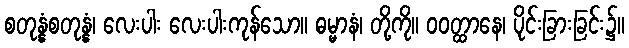
စတုန္နံစတုန္နံ၊ လေးပါး လေးပါးကုန်သော။ ဓမ္မာနံ၊ တို့ကို။ ဝဝတ္ထာနေ၊ ပိုင်းခြားခြင်း၌။